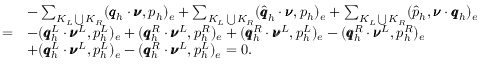
\begin{array} { r l } & { - \sum _ { K _ { L } \bigcup K _ { R } } ( \pmb { q } _ { h } \cdot \pmb { \nu } , p _ { h } ) _ { e } + \sum _ { K _ { L } \bigcup K _ { R } } ( \widehat { \pmb { q } } _ { h } \cdot \pmb { \nu } , p _ { h } ) _ { e } + \sum _ { K _ { L } \bigcup K _ { R } } ( \widehat { p } _ { h } , \pmb { \nu } \cdot \pmb { q } _ { h } ) _ { e } } \\ { = } & { - ( \pmb { q } _ { h } ^ { L } \cdot \pmb { \nu } ^ { L } , p _ { h } ^ { L } ) _ { e } + ( \pmb { q } _ { h } ^ { R } \cdot \pmb { \nu } ^ { L } , p _ { h } ^ { R } ) _ { e } + ( \pmb { q } _ { h } ^ { R } \cdot \pmb { \nu } ^ { L } , p _ { h } ^ { L } ) _ { e } - ( \pmb { q } _ { h } ^ { R } \cdot \pmb { \nu } ^ { L } , p _ { h } ^ { R } ) _ { e } } \\ & { + ( \pmb { q } _ { h } ^ { L } \cdot \pmb { \nu } ^ { L } , p _ { h } ^ { L } ) _ { e } - ( \pmb { q } _ { h } ^ { R } \cdot \pmb { \nu } ^ { L } , p _ { h } ^ { L } ) _ { e } = 0 . } \end{array}